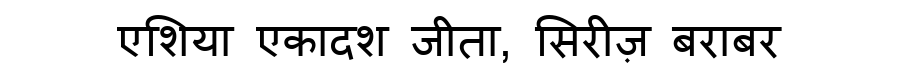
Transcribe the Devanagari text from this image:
एशिया एकादश जीता, सिरीज़ बराबर